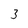
Character: 3